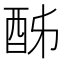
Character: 𨠓